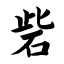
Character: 砦